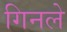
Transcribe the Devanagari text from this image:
गिनले